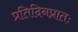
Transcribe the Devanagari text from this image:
प्रतिदिनप्रातः